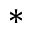
*